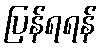
ပြန်ရရန်